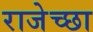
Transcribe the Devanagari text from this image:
राजेच्छा